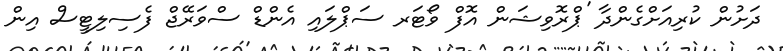
ދަށުން ކުރިއަށްގެންދާ 'ޕްރޮވިޝަން އޮފް ވޯޓަރ ސަޕްލައި އެންޑް ސްވަރޭޖް ފެސިލިޓީސް އިން